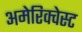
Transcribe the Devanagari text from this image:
अमेरिक्वेस्ट